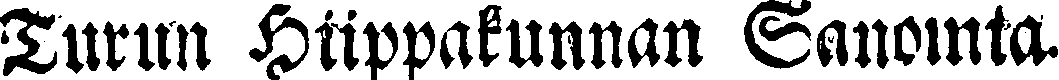
Turun Hiippakunnan Sanomia.